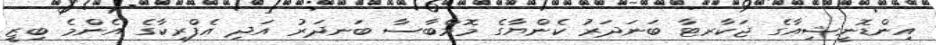
އިންޑޮނީޝިއާގެ ޖަކާރޓާ ބަނަދަރު ކެންޔާގެ މޮމްބާސާ ބަނދަރު އަދި އެފްރިކާގެ އެންމެ ބިޒީ